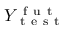
Y _ { \mathrm { ~ t ~ e ~ s ~ t ~ } } ^ { \mathrm { ~ f ~ u ~ t ~ } }